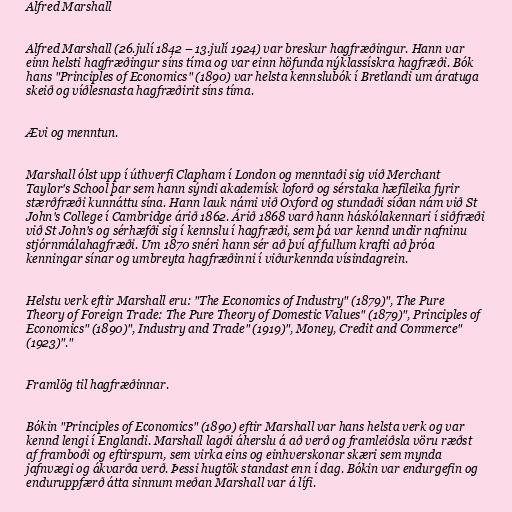
Alfred Marshall

Alfred Marshall (26.julí 1842 – 13.julí 1924) var breskur hagfræðingur. Hann var
einn helsti hagfræðingur síns tíma og var einn höfunda nýklassískra hagfræði. Bók
hans "Principles of Economics" (1890) var helsta kennslubók í Bretlandi um áratuga
skeið og víðlesnasta hagfræðirit síns tíma.

Ævi og menntun.

Marshall ólst upp í úthverfi Clapham í London og menntaði sig við Merchant
Taylor's School þar sem hann sýndi akademísk loforð og sérstaka hæfileika fyrir
stærðfræði kunnáttu sína. Hann lauk námi við Oxford og stundaði síðan nám við St
John's College í Cambridge árið 1862. Árið 1868 varð hann háskólakennari í siðfræði
við St John's og sérhæfði sig í kennslu í hagfræði, sem þá var kennd undir nafninu
stjórnmálahagfræði. Um 1870 snéri hann sér að því af fullum krafti að þróa
kenningar sínar og umbreyta hagfræðinni í viðurkennda vísindagrein.

Helstu verk eftir Marshall eru: "The Economics of Industry" (1879)", The Pure
Theory of Foreign Trade: The Pure Theory of Domestic Values" (1879)", Principles of
Economics" (1890)", Industry and Trade" (1919)", Money, Credit and Commerce"
(1923)"."

Framlög til hagfræðinnar.

Bókin "Principles of Economics" (1890) eftir Marshall var hans helsta verk og var
kennd lengi í Englandi. Marshall lagði áherslu á að verð og framleiðsla vöru ræðst
af framboði og eftirspurn, sem virka eins og einhverskonar skæri sem mynda
jafnvægi og ákvarða verð. Þessi hugtök standast enn í dag. Bókin var endurgefin og
enduruppfærð átta sinnum meðan Marshall var á lífi.